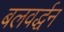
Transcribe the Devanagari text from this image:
बलवर्द्धन